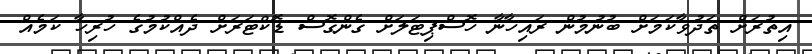
އިތުރަށް ތަދުވާކަމަށް ބުނުމުން ރައިހާނާ ހޮސްޕިޓަލަށް ގެންގޮސް ޑޮކްޓަރަށް ދެއްކުމުގެ ހުރިހާ ކަމެއް